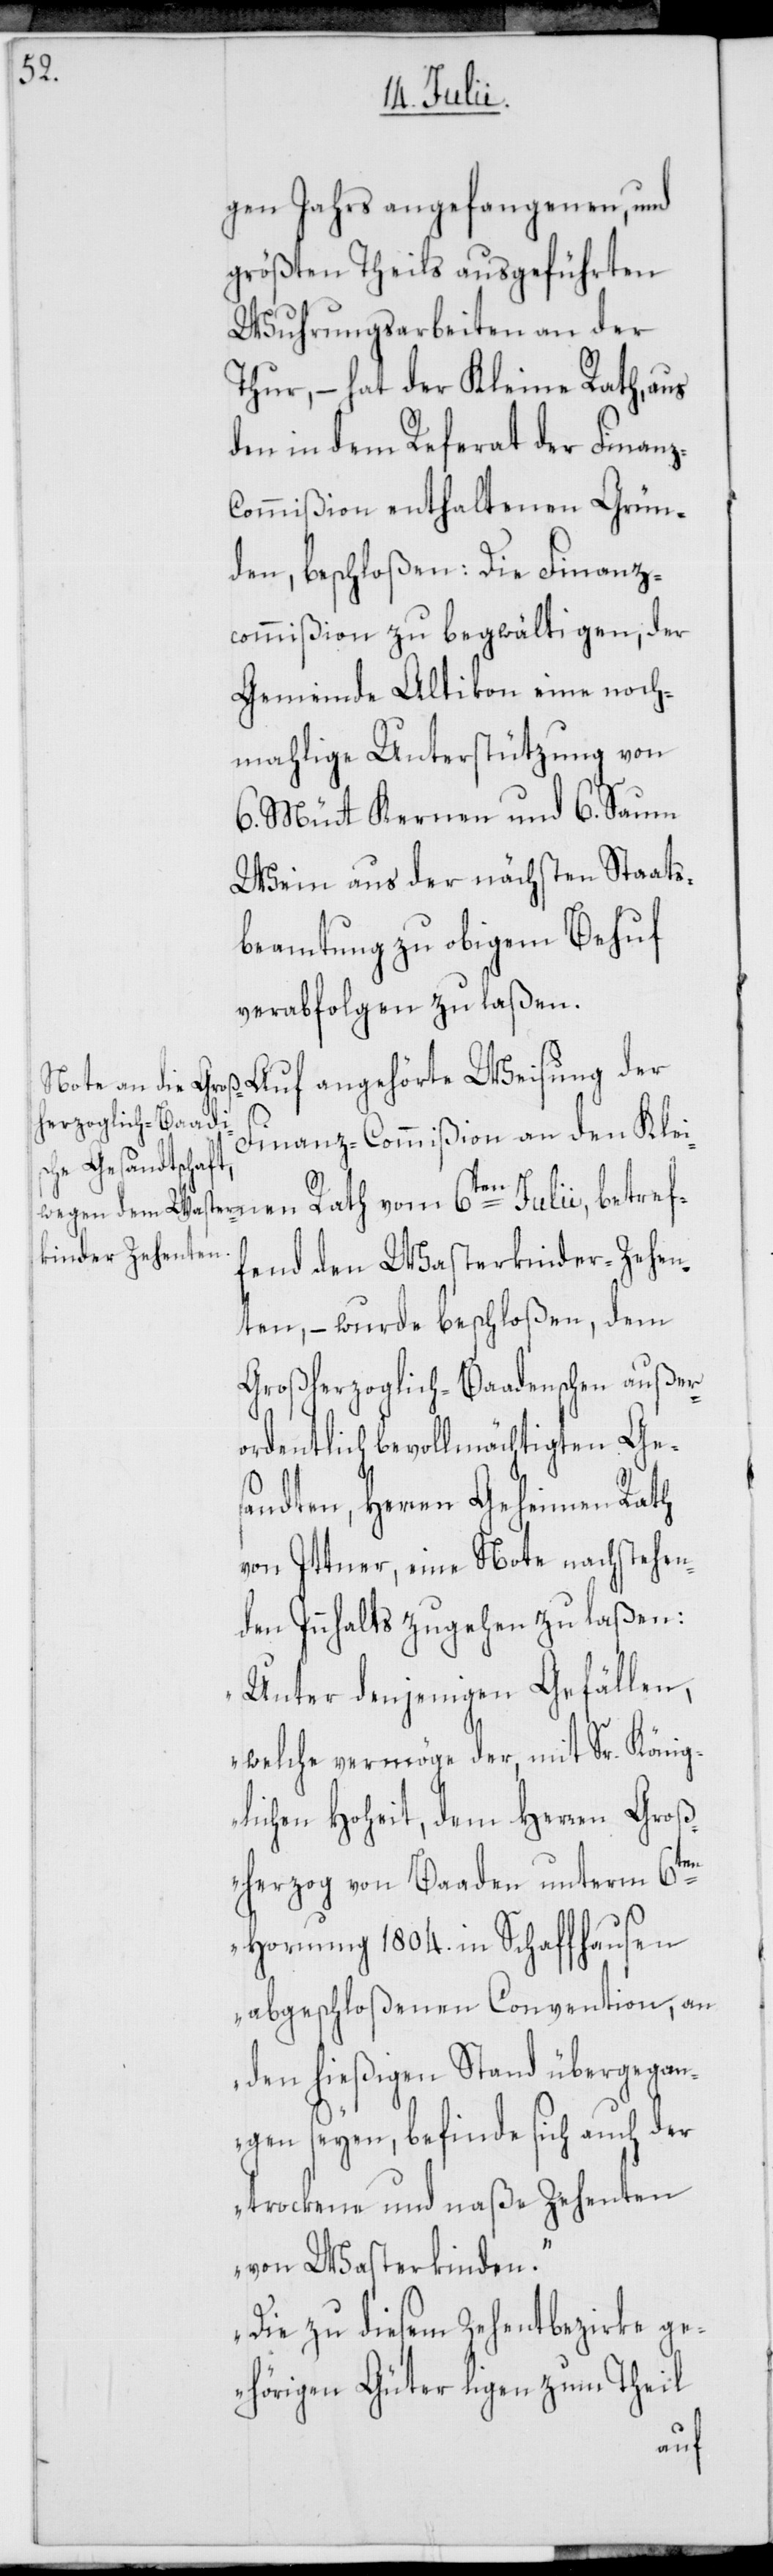
ref¬

gen Jahrs angefangenen, und
größten Theils ausgeführten
Wuhrungsarbeiten an der
Thur, – hat der Kleine Rath, aus
den in dem Referat der Finan¬
ommißion enthaltenen Grün¬
den, beschloßen: Die Finanz¬
commißion zu begwältigen, der
Gemeinde Altikon eine noch¬
mahlige Unterstützung von
6. Mütt Kernen und 6. Saum
Wein aus der nächsten Staats¬
beamtung zu obigem Behuf
verabfolgen zu laßen.
Finanz-Commißion an den Klei¬
fend den Wasterkinder-Zehen¬
ten, – wurde beschloßen, dem
Großherzoglich-Baadenschen außer¬
ordentlich bevollmächtigen Ge¬
sandten, Herren Geheimen Rath
von Ittner, eine Note nachstehen¬
den Innhalts zugehen zu laßen:
„Unter denjenigen Gefällen,
welche vermöge der, mit Sr. König¬
lichen Hoheit, dem Herren Groß¬
herzog von Baaden unterm 6ten
Hornung 1804. in Schaffhausen
abgeschloßenen Convention, an
den hießigen Stand übergegan¬
gen seyen, befinde sich auch der
trockene und naße Zehenten
von Wasterkinden.
Die zu diesem Zehentbezirke g¬
ehörigen Güter ligen zum Theil
Auf